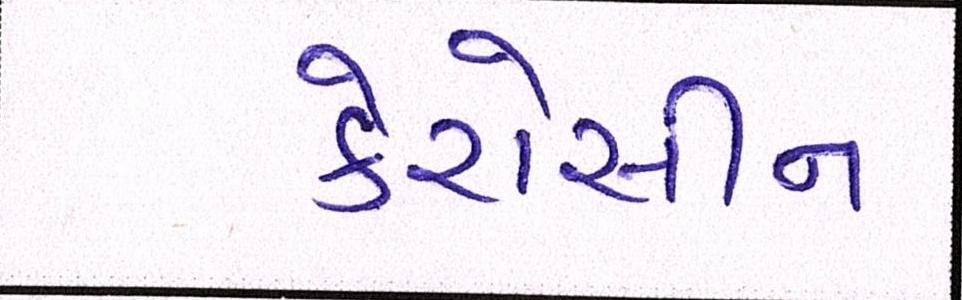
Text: કેરોસીન